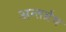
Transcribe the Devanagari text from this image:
अन्तर्ग्रथ